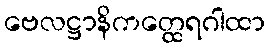
ဗေလဋ္ဌာနိကတ္ထေရဂါထာ